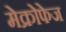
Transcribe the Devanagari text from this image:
मेक्रोफेज